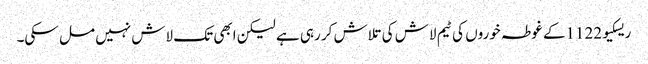
ریسکیو1122کے غوطہ خوروں کی ٹیم لاش کی تلاش کر رہی ہے لیکن ابھی تک لاش نہیں مل سکی۔